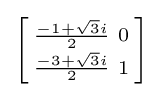
\left[{\begin{smallmatrix}{\frac {-1+{\sqrt {3}}i}{2}}&0\\{\frac {-3+{\sqrt {3}}i}{2}}&1\\\end{smallmatrix}}\right]